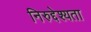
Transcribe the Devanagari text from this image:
निरुद्देश्यता